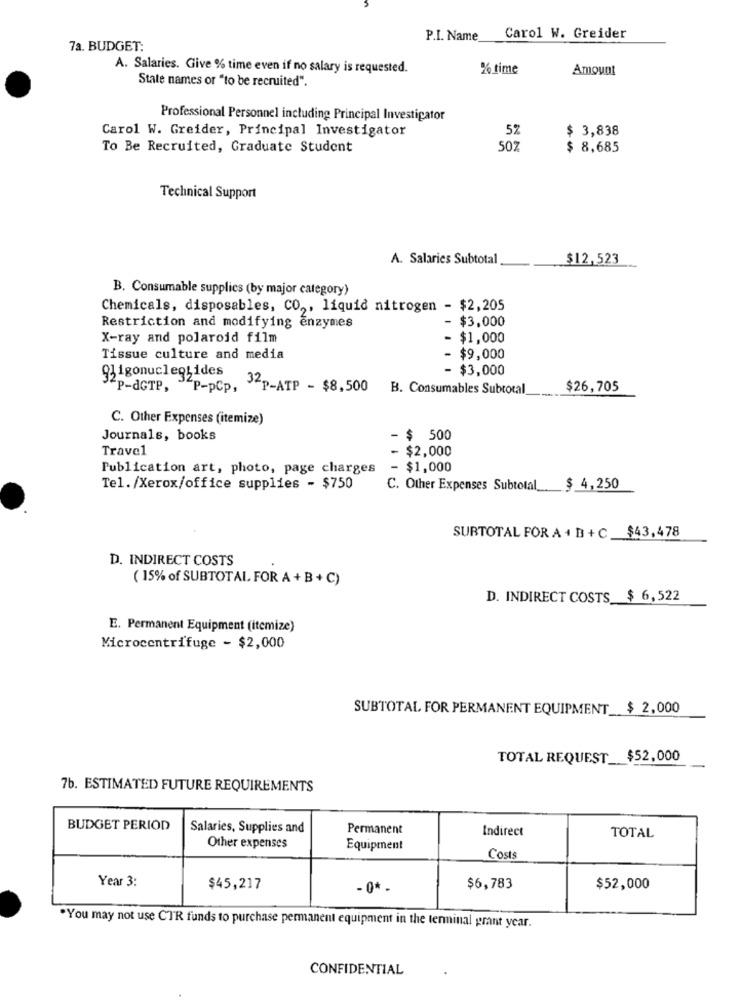
P.I. Name Carol W. Greider
7a. BUDGET:
A. Salaries. Give % time even if no salary is requested.
% time
Amount
State names or "to be recruited".
Professional Personnel including Principal Investigator
Carol W. Greider, Principal Investigator
5%
$ 3,838
To Be Recruited, Graduate Student
507
$ 8,685
Technical Support
A. Salaries Subtotal
$12,523
B. Consumable supplics (by major category)
Chemicals, disposables, CO ,, liquid nitrogen - $2,205
$3,000
Restriction and modifying enzymes
X-ray and polaroid film
- $1,000
Tissue culture and media
- $9,000
931gonucleotides
- $3,000
P-dGTP, P-pCp,
32P-ATP - $8,500
B. Consumables Subtotal
$26,705
C. Other Expenses (itemize)
Journals, books
- $ 500
Travel
$2,000
Publication art, photo, page charges
$1,000
Tel./Xerox/office supplies - $750
C. Other Expenses Subtotal_$ 4,250
SUBTOTAL FOR A + B + C $43,478
D. INDIRECT COSTS
( 15% of SUBTOTAL FOR A + B + C)
D. INDIRECT COSTS $ 6,522
E. Permanent Equipment (itemize)
Microcentrifuge - $2,000
SUBTOTAL FOR PERMANENT EQUIPMENT_$ 2,000
TOTAL REQUEST __ $52,000
7b. ESTIMATED FUTURE REQUIREMENTS
BUDGET PERIOD
Salaries, Supplies and
Permanent
Indirect
TOTAL
Other expenses
Equipment
Costs
Year 3:
$45,217
- 0* -
$6,783
$52,000
"You may not use CTR funds to purchase permanent equipment in the tenninal grant year.
CONFIDENTIAL